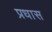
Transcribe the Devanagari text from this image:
प्रधास